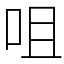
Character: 咀